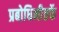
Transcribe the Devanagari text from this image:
प्रबोधिनीतर्फे